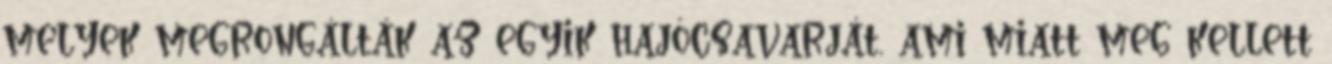
melyek megrongálták az egyik hajócsavarját, ami miatt meg kellett